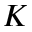
K